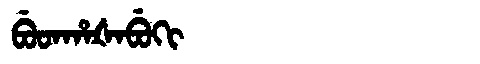
Manchu: ᠪᡠᡨᡥᠠᡧᠠᠪᡠᡴᡳ
Romanization: BUTHAŠABUKI